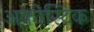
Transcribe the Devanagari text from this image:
अकोस्टिक